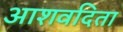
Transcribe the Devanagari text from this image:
आशवदिता